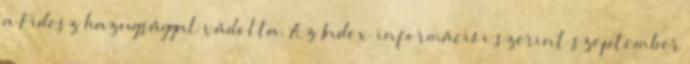
a Fidesz hazugsággal vádolta. Az Index információi szerint szeptember